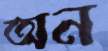
অন